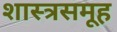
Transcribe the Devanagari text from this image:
शास्त्रसमूह